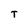
Character: T